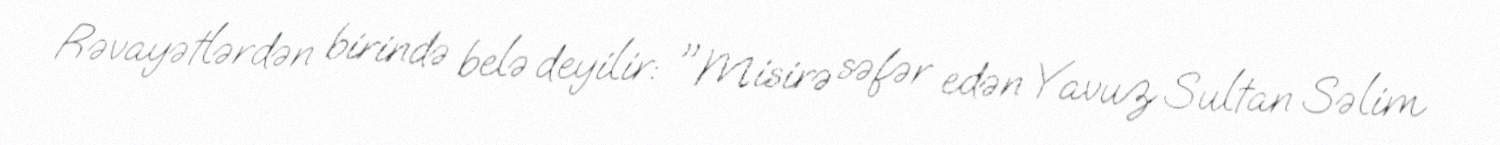
Rəvayətlərdən birində belə deyilir: "Misirə səfər edən Yavuz Sultan Səlim